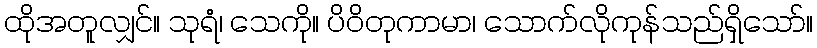
ထိုအတူလျှင်။ သုရံ၊ သေကို။ ပိဝိတုကာမာ၊ သောက်လိုကုန်သည်ရှိသော်။